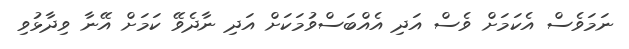
ނަމަވެސް އެކަމަށް ވެސް އަދި އެއްބަސްވުމަކަށް އަދި ނާދެވޭ ކަމަށް އޭނާ ވިދާޅުވި